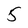
Character: 5